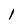
Character: I